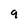
Character: 9